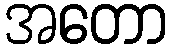
အတော